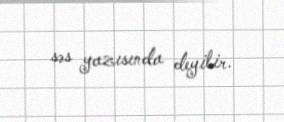
səs yazısında deyilir.